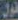
قول